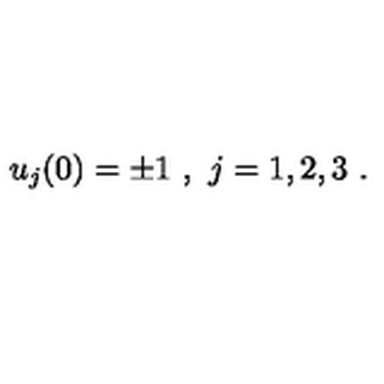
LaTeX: u _ { j } ( 0 ) = \pm 1 \ , \ j = 1 , 2 , 3 \ .